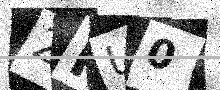
Text: 2PU0